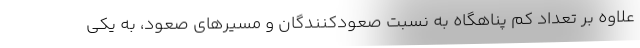
علاوه بر تعداد کم پناهگاه به نسبت صعودکنندگان و مسیرهای صعود، به یکی